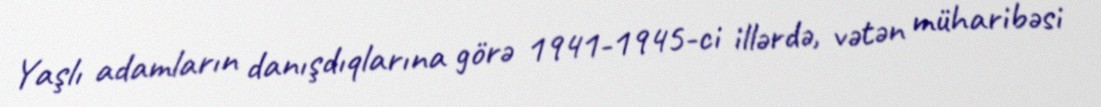
Yaşlı adamların danışdıqlarına görə 1941-1945-ci illərdə, vətən müharibəsi